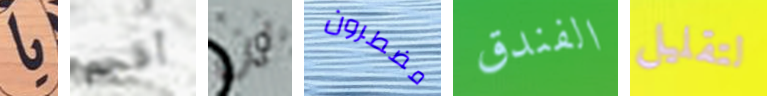
يا أقحم لن مضطرون الفندق لتقليل